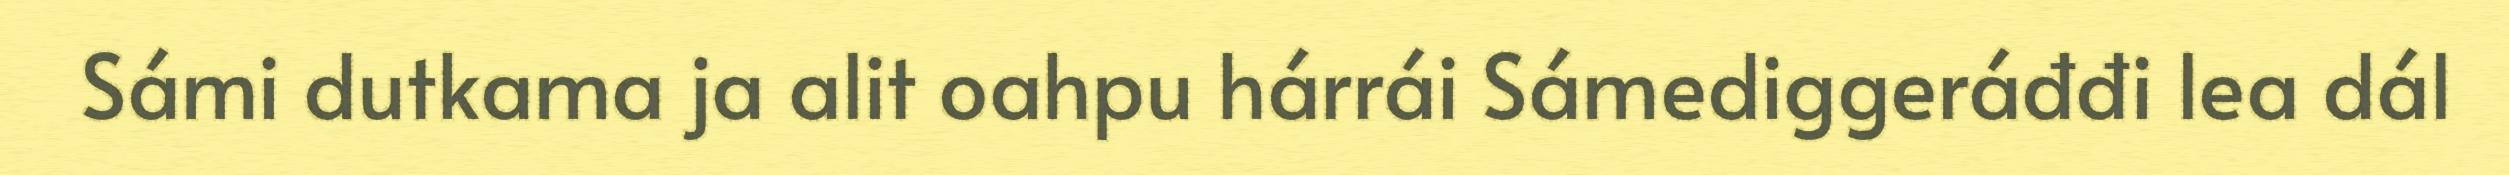
Sámi dutkama ja alit oahpu hárrái Sámediggeráđđi lea dál